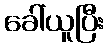
ခေါ်ယူပြီး